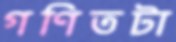
গণিতটা